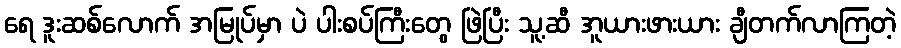
ရေ ဒူးဆစ်လောက် အမြုပ်မှာ ပဲ ပါးစပ်ကြီးတွေ ဖြဲပြီး သူ့ဆီ အူယားဖားယား ချီတက်လာကြတဲ့